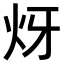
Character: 𤆹